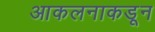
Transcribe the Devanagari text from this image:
आकलनाकडून